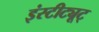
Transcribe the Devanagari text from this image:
इंस्टीट्यूट्